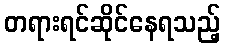
တရားရင်ဆိုင်နေရသည့်